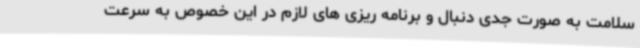
سلامت به صورت جدی دنبال و برنامه ریزی های لازم در این خصوص به سرعت